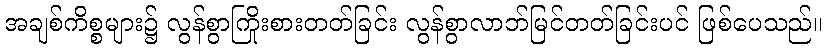
အချစ်ကိစ္စများ၌ လွန်စွာကြိုးစားတတ်ခြင်း လွန်စွာလာဘ်မြင်တတ်ခြင်းပင် ဖြစ်ပေသည်။